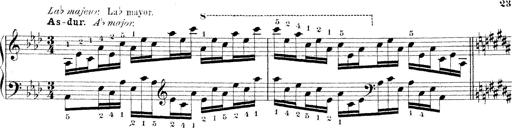
Title: Technische Studien
Composer: Franz Liszt